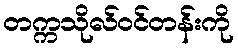
တက္ကသိုလ်ဝင်တန်းကို